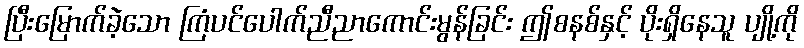
ပြီးမြောက်ခဲ့သော ကြံပင်ပေါက်ညီညာကောင်းမွန်ခြင်း ဤစနစ်နှင့် ပိုးရှိနေသူ ပျို့ကို